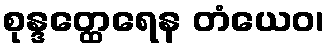
စုန္ဒတ္ထေရေန တံယေဝ၊